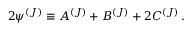
2 { \psi } ^ { ( J ) } \equiv { \cal { A } } ^ { ( J ) } + { \cal { B } } ^ { ( J ) } + 2 { \cal { C } } ^ { ( J ) } \, .